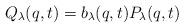
LaTeX: \begin{align*}Q_\lambda(q,t) = b_\lambda(q,t) P_\lambda(q,t)\end{align*}